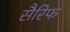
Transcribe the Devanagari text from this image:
सैरिफ